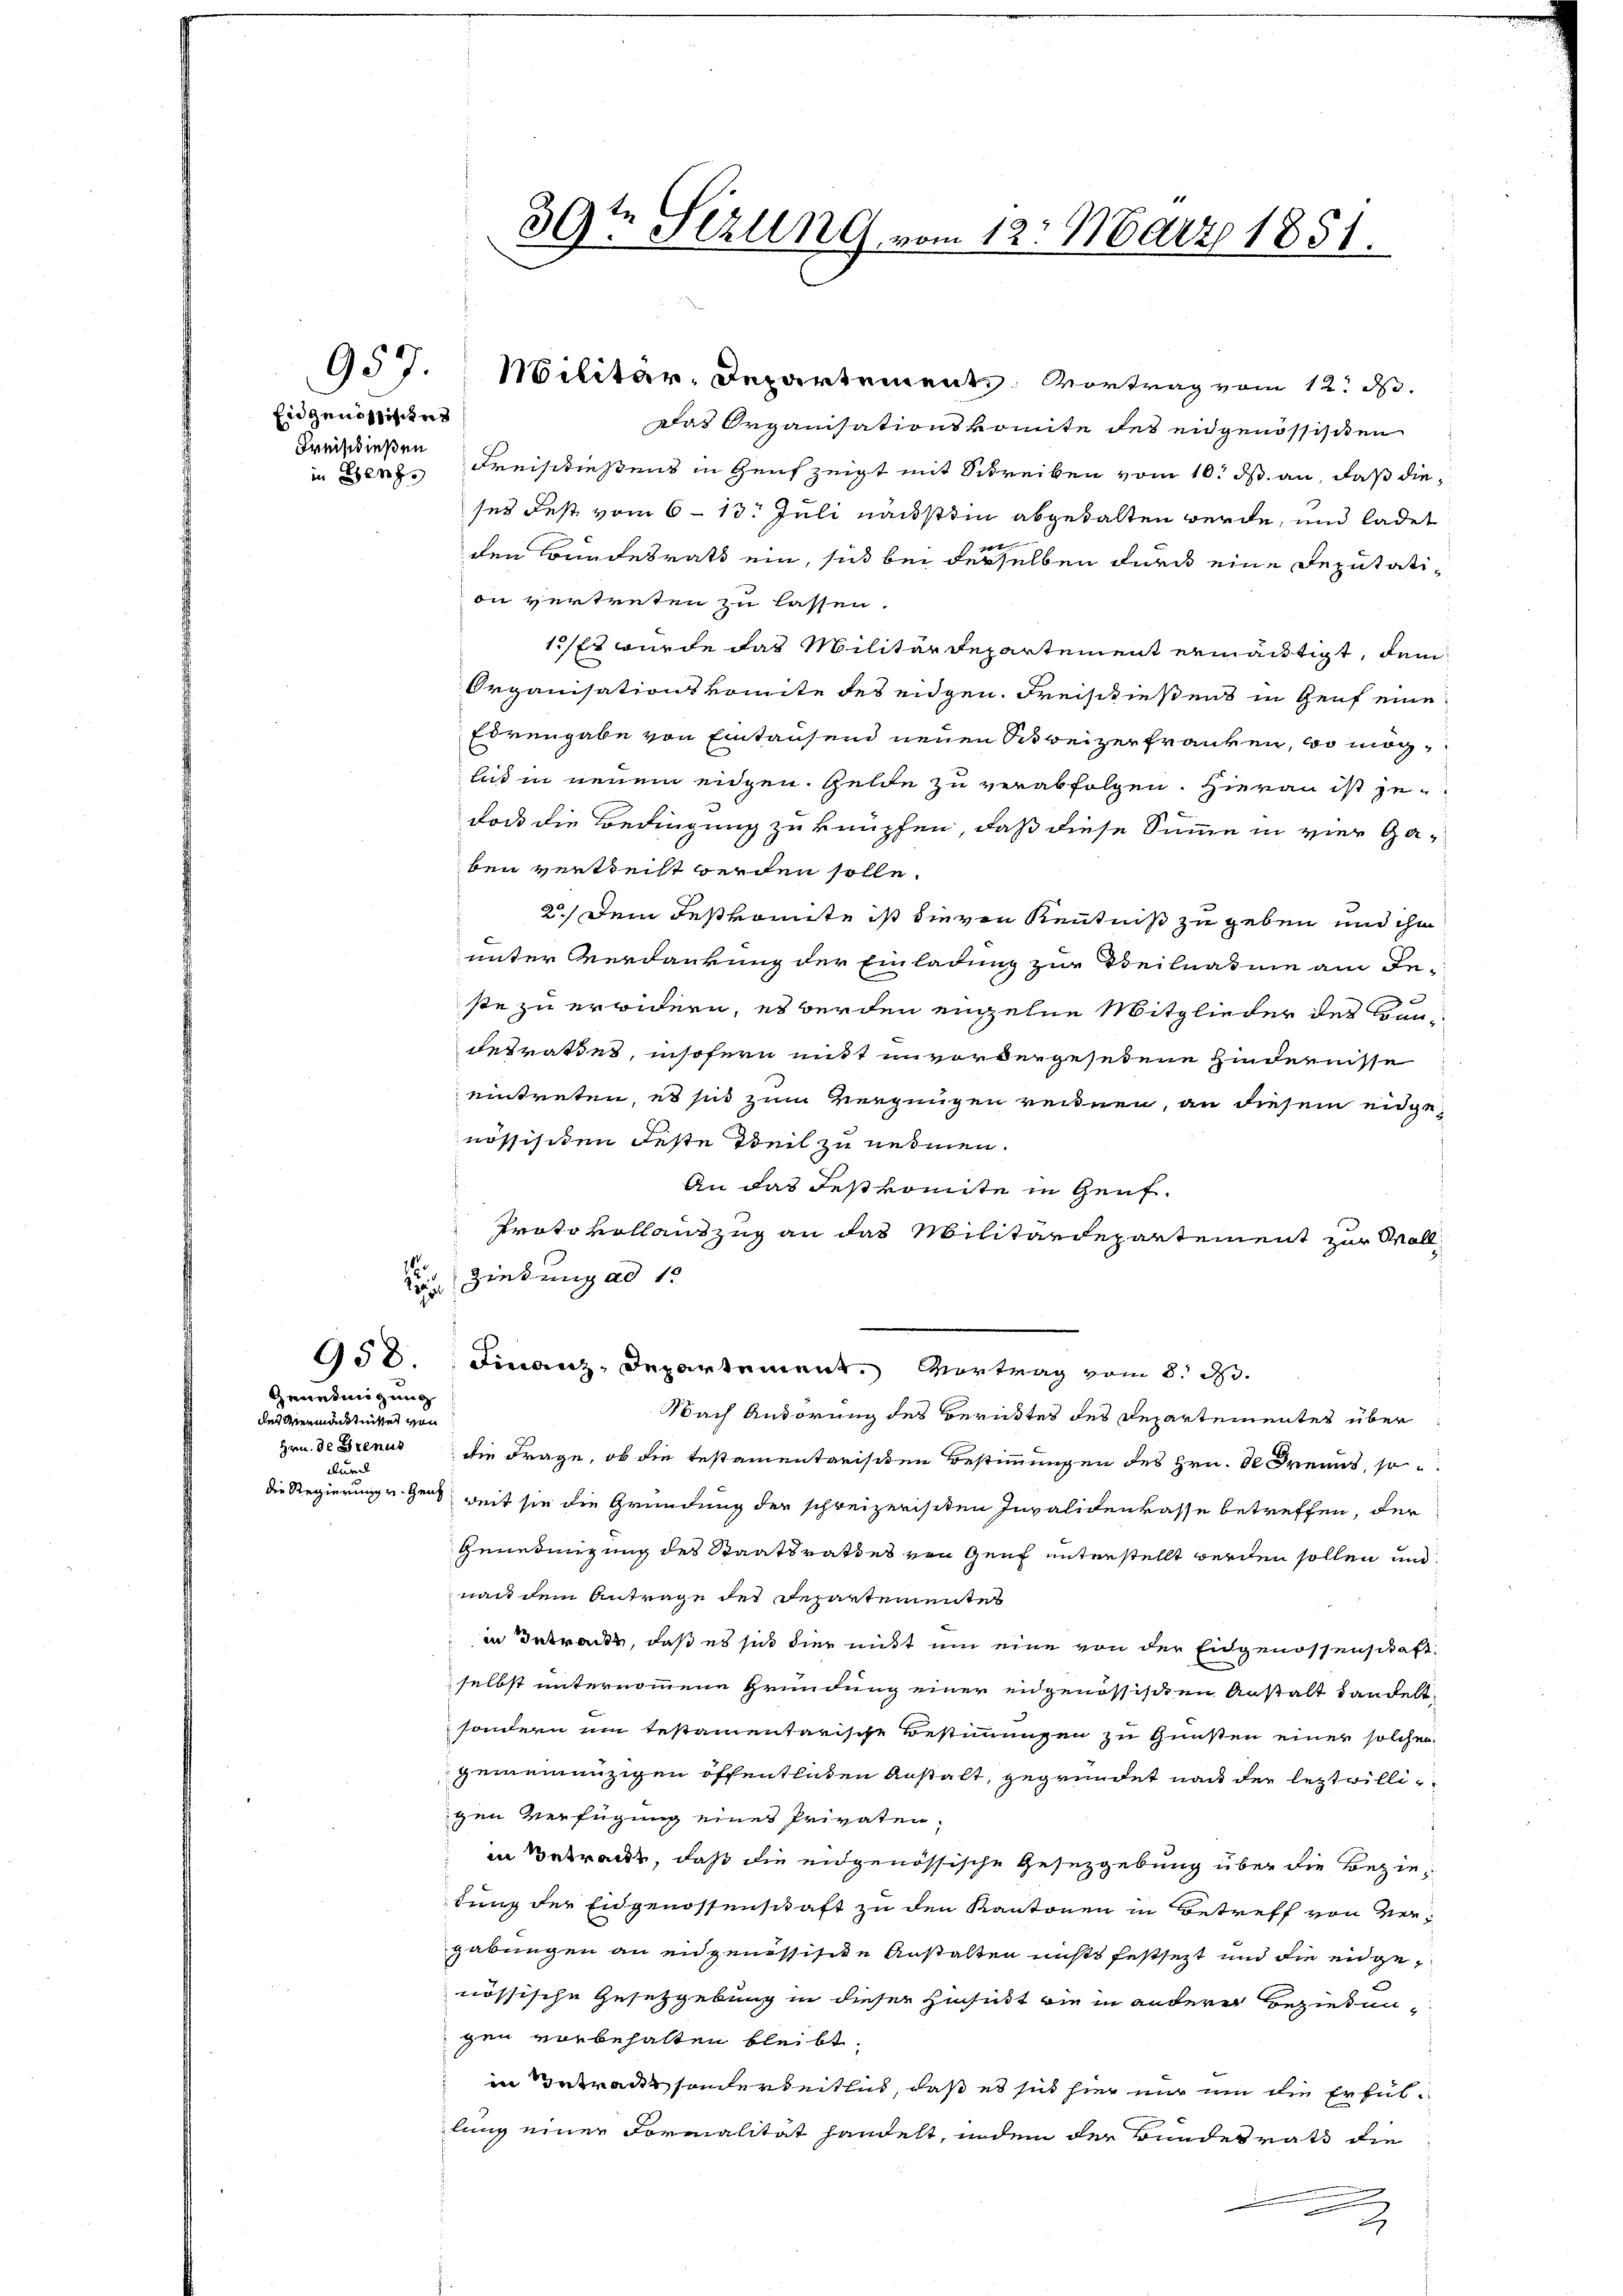
Eidgenössistet
Freis dießen

Genehmigung
des Vermänntnister von
durch

e

957. Militär-Departements. Vortrag vom 12. d.
Das Organisationskomite des eidgenössisiten
in Benze Kreistießens in Genf zeigt mit Schreiben vom 10. ds. an, daß dieses des vom 6. 13. Juli nächstein abgehalten werde, und ladet
B
den Bundesrath ein, sich bei derselben durch eine Deputation vertreten zu lassen.
1) Es wurde das Militärdepartement ermächtigt, dem
Organisationskomite des eidgen. Freischießens in Genf eine
Edrengabe von Eintausend neuen Schweizerfranken, wo möglis in neuem eidgen. Gelde zu verabfolgen. Hierau ist jedaß die Bedingung zu knüpfen, daß diese Summe in vier Gaben vertheilt werden solle.
2.) Dem deskomite ist die von Kenntniß zu geben und ihm
unter Verdankung der Einladung zur Teilnahme am deste zu erwidern, es werden einzelne Mitglieder des Bundesrathes, insofern mit unvordergesehene Hindernisse
eintreten, es sind zum Vergnügen reinen, an diesem eidgenössischen Feste Weil zu nehmen.
An das Festkomite in Genf.
Protokollauszug an das Militärdepartement zur Wall
1
Ziedung ad 1.
958. Finanz-Departement. Vortrag vom 8. d.
Nach Anhörung des Berüktes des Departementes über
Hrn. De Brenus die Frage, ob die testamentarischen Bestimmungen des Hrn. K. Freund, so
die Regierung u. ganz weit sie die Gründung der schweizerischen Invalidenkasse betreffen, der
Genehmigung des Staatsrathes von Genf unterstellt werden sollen und
nach dem Antrage des Departementes
in Betracks, daß es sich dies nicht um eine von der Eidgenossenschaft
selbst unternommene Gründung einer eidgenössischen Anstalt handelt,
sondern um testamentarische Bestimmungen zu Gunsten einer solches
gemeinenzigen öffentlichen Anstalt, gegründet nach der leztwilligen Verfügung eines Privaten.
in Betrackt, daß die eidgenössische Gesetzgebung über die Beziedung der Eidgenossenschaft zu den Kantonen in Betreff von Vergabungen an eidgenössische Anstalten nichts festsezt und die eidgenössische Gesetzgebung in dieser Hinsicht die in anderer Beziehungen vorbehalten bleibt.
in Zutraut sonderheitlich, daß es sich hier nur um die Erfüllung einer Formalität handelt, indem der Bundesrath die
u
2

39te Sizung vom 12. März 1851.